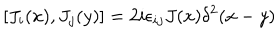
LaTeX: [ J _ { i } ( x ) , J _ { j } ( y ) ] = 2 i \epsilon _ { i j } J ( x ) \delta ^ { 2 } ( x - y )